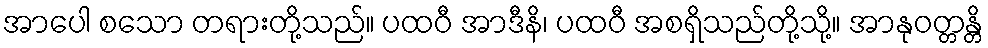
အာပေါ စသော တရားတို့သည်။ ပထဝီ အာဒီနိ၊ ပထဝီ အစရှိသည်တို့သို့။ အာနုဝတ္တန္တိ